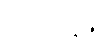
ကုမ္ဘထုနန္တိ